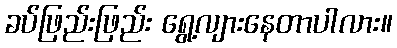
ခပ်ဖြည်းဖြည်း ရွေ့လျားနေတာပါလား။